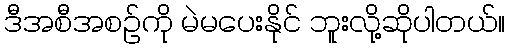
ဒီအစီအစဉ်ကို မဲမပေးနိုင် ဘူးလို့ဆိုပါတယ်။